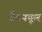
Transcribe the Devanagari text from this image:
ट्रैवनकूर